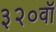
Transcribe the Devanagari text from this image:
३२०वॉ